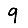
Digit: 9